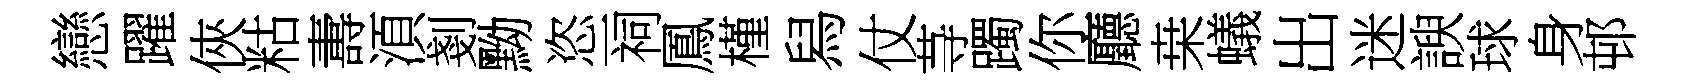
戀躍俠䊀夀湏剗黝恣一祠鳳槿舄仗䒭躅你廳桒蟻出迷諛球身邨